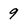
Character: 9